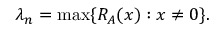
\lambda _ { n } = \operatorname* { m a x } \{ R _ { A } ( x ) : x \neq 0 \} .